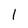
Character: l